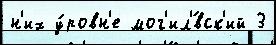
н'их у́ровн'е мог'ил'́вск'ий 3